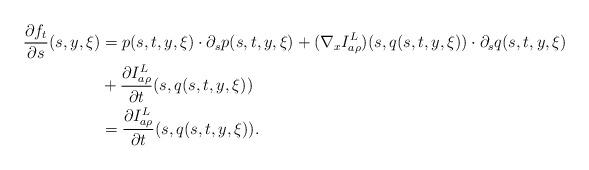
LaTeX: \begin{align*}\frac{{\partial} f_t}{{\partial} s}(s,y,\xi)&= p(s,t,y,\xi)\cdot {\partial}_s p(s,t,y,\xi)+(\nabla_x I^L_{a\rho})(s,q(s,t,y,\xi))\cdot{\partial}_s q(s,t,y,\xi)\\&+\frac{{\partial} I^L_{a\rho}}{{\partial} t}(s,q(s,t,y,\xi))\\&=\frac{{\partial} I^L_{a\rho}}{{\partial} t}(s,q(s,t,y,\xi)).\end{align*}